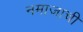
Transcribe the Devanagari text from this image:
नमाजाची